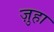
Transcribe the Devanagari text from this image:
ज़ुहा